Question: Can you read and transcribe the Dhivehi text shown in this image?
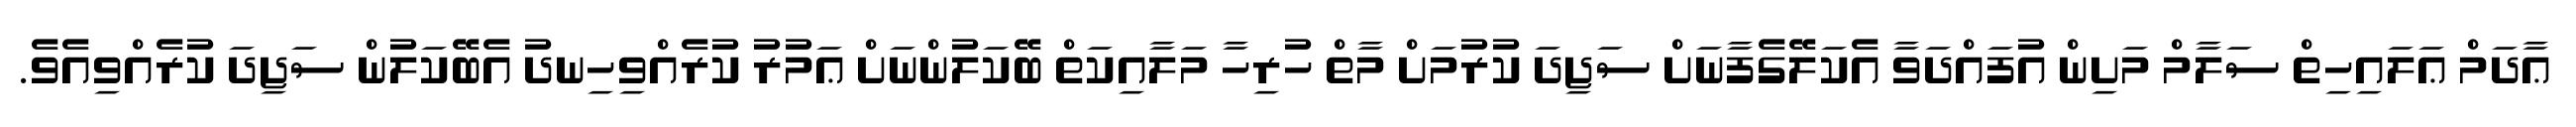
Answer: ޢާދަމް ޢަލައިހިތް ސަލާމް މަށިން އުފައްދަވާ އެކަލޭގެފާނަށް ސަޖިދަ ކުރުމަށް މާތް ހުރިހާ މަލާއިކަތް ބޭކަލުންނަށް ޢަމުރު ކުރެއްވިހިނދު އެބޭކަލުން ސަޖިދަ ކުރެއްވިއެވެ.